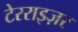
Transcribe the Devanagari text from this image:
टेरराइज़र